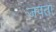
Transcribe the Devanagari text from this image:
जपता